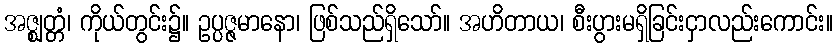
အဇ္ဈတ္တံ၊ ကိုယ်တွင်း၌။ ဥပ္ပဇ္ဇမာနော၊ ဖြစ်သည်ရှိသော်။ အဟိတာယ၊ စီးပွားမရှိခြင်းငှာလည်းကောင်း။